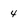
Character: 4